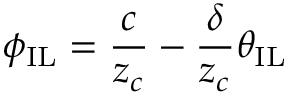
\phi _ { \mathrm { { I L } } } = \frac { c } { z _ { c } } - \frac { \delta } { z _ { c } } \theta _ { \mathrm { { I L } } }